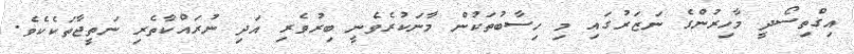
އިގްތިސޯދީ މާހިރުންގެ ނަޒަރުގައި މި ހިސާބުތަކުން މާނަކުރެވެނީ ބިރުވެރި އަދި ނުރައްކާތެރި ނަތީޖާތަކެކެވެ.